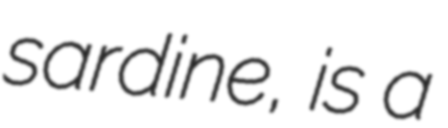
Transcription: sardine, is a